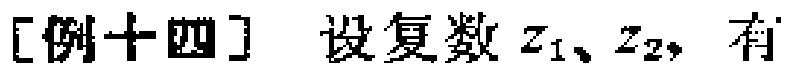
[例十四] 设复数\(z_1、z_2\)，有